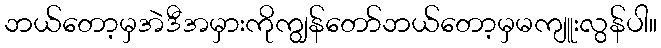
ဘယ်တော့မှအဲဒီအမှားကိုကျွန်တော်ဘယ်တော့မှမကျူးလွန်ပါ။